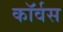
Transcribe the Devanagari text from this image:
कॉर्वस